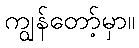
ကျွန်တော့်မှာ။